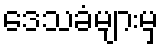
ဒေသခံများမှ